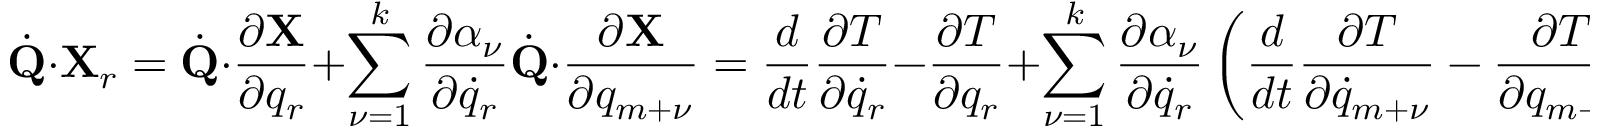
{ \dot { \bf Q } } \cdot { \bf X } _ { r } = { \dot { \bf Q } } \cdot \frac { \partial { \bf X } } { \partial q _ { r } } + \sum _ { \nu = 1 } ^ { k } \frac { \partial \alpha _ { \nu } } { \partial { \dot { q } } _ { r } } { \dot { \bf Q } } \cdot \frac { \partial { \bf X } } { \partial q _ { m + \nu } } = \frac { d } { d t } \frac { \partial T } { \partial { \dot { q } } _ { r } } - \frac { \partial T } { \partial q _ { r } } + \sum _ { \nu = 1 } ^ { k } \frac { \partial \alpha _ { \nu } } { \partial { \dot { q } } _ { r } } \left( \frac { d } { d t } \frac { \partial T } { \partial { \dot { q } } _ { m + \nu } } - \frac { \partial T } { \partial q _ { m + \nu } } \right)